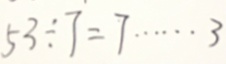
5 3 \div 7 = 7 \cdots 3